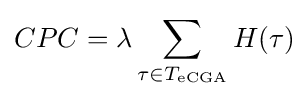
CPC=\lambda \sum _{\tau \in T_{\text{eCGA}}}H(\tau )